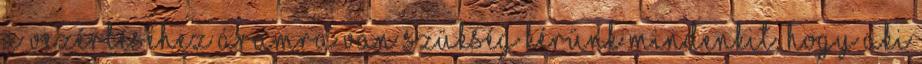
a vezérléséhez áramra van szükség Kérünk mindenkit, hogy aki